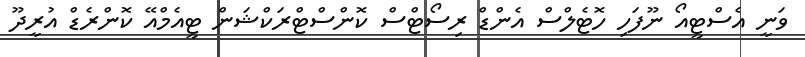
ވަނީ އެސްޓީއޯ ނޫފަހި ހޮޓެލްސް އެންޑް ރިސޯޓްސް ކޮންސްޓްރަކްޝަން ޓީއެމްއޭ ކޮންރެޑް އުރީދޫ